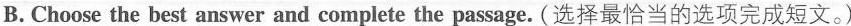
B. Choose the best answer and complete the passage. (选择最恰当的选项完成短文。)